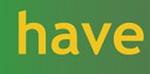
have